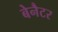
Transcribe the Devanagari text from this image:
बेनैटर